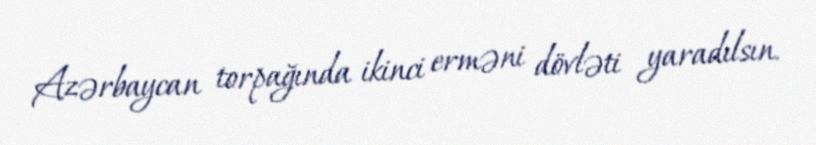
Azərbaycan torpağında ikinci erməni dövləti yaradılsın.